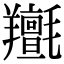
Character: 𦏫